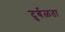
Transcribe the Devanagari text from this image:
दुर्बळता